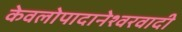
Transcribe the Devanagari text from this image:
केवलोपादानेश्वरवादी